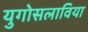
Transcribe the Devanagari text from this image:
युगोसलाविया